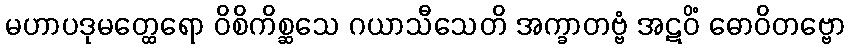
မဟာပဒုမတ္ထေရော ဝိစိကိစ္ဆသေ ဂယာသီသေတိ အက္ခာတဗ္ဗံ အဋဝိံ ဓောဝိတဗ္ဗော